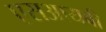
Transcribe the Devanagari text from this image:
एसआयबी